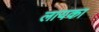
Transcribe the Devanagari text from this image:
लायका